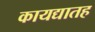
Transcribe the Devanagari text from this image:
कायद्यातह